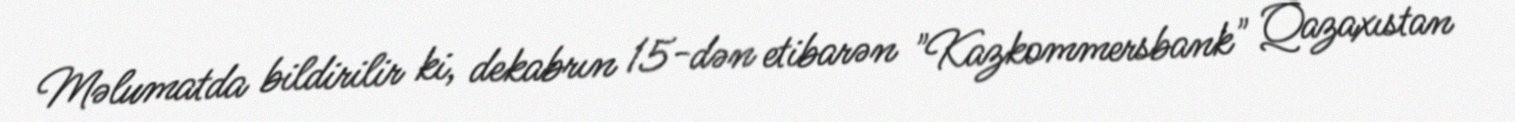
Məlumatda bildirilir ki, dekabrın 15-dən etibarən "Kazkommersbank" Qazaxıstan